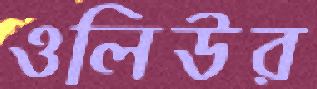
ওলিউর